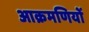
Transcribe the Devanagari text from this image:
आक्रमणियों